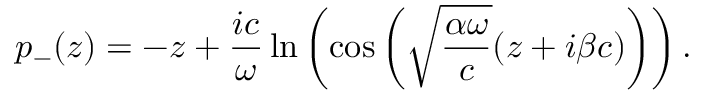
p _ { - } ( z ) = - z + \frac { i c } { \omega } \ln \left( \cos \left( \sqrt { \frac { \alpha \omega } { c } } ( z + i \beta c ) \right) \right) .